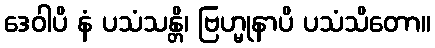
ဒေဝါပိ နံ ပသံသန္တိ၊ ဗြဟ္မုနာပိ ပသံသိတော။